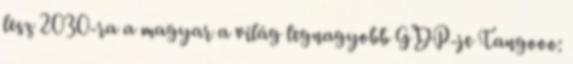
lesz 2030-ra a magyar a világ legnagyobb GDP-je Tangooo: